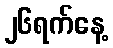
၂၆ရက်နေ့